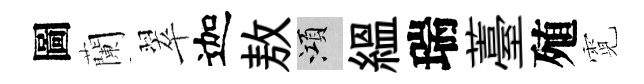
圖蘭翠迦敖澒緼瑞薹殖霓